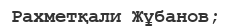
Рахметқали Жұбанов;